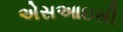
એસઆઇસી